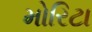
મોરિટા